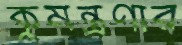
কুমন্ত্রণার